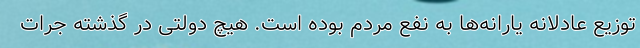
توزیع عادلانه یارانه‌ها به نفع مردم بوده است. هیچ دولتی در گذشته جرات